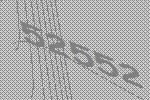
52552